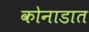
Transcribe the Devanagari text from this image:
कोनाडात